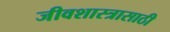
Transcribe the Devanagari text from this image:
जीवशास्त्रासाठी